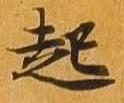
起